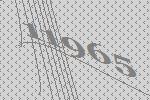
11965